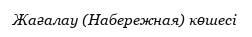
Жағалау (Набережная) көшесі